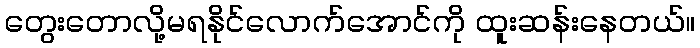
တွေးတောလို့မရနိုင်လောက်အောင်ကို ထူးဆန်းနေတယ်။